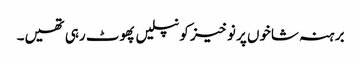
برہنہ شاخوں پر نوخیز کونپلیں پھوٹ رہی تھیں۔